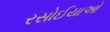
રસોઈયાઓ